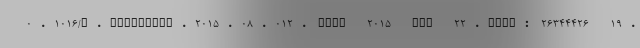
0.1016/j.healthpol.2015.08.012. Epub 2015 Aug 22.PMID: 26344426 19.